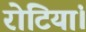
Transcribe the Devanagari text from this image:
रोटियां।